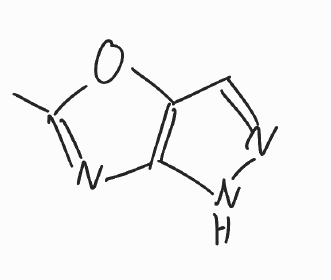
Simplified molecular-input line-entry system (SMILES) notation of the given molecule:
CC1=NC2=C(O1)C=NN2